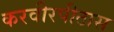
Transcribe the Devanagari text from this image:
करवीरपीठास